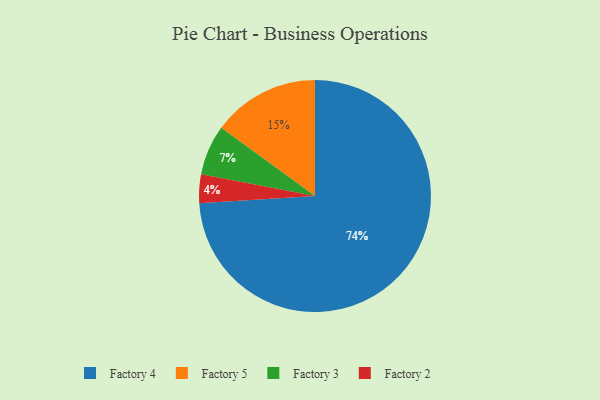
{"axis": {"x": "Category", "y": "Percentage"}, "legend": ["Factory 2", "Factory 3", "Factory 4", "Factory 5"], "data": [{"x": "Factory 5", "y": 15, "type": "Factory 5"}, {"x": "Factory 4", "y": 74, "type": "Factory 4"}, {"x": "Factory 2", "y": 4, "type": "Factory 2"}, {"x": "Factory 3", "y": 7, "type": "Factory 3"}]}